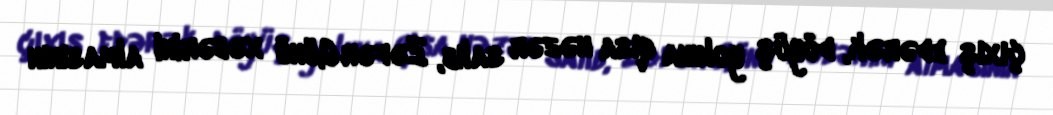
çıxış edərək, döyüş yoluna qısa nəzər salıb, Zəfər Günü xəbərini almasının